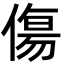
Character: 傷